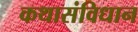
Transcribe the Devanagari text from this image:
कथासंविधान